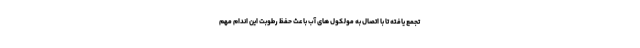
تجمع یافته تا با اتصال به مولکول های آب باعث حفظ رطوبت این اندام مهم